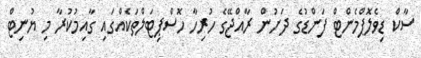
ސާކް ޑިވެލޮޕްމެންޓް ފަންޑުގެ ދަށުން ރާއްޖޭގެ ހުރިހާ ހޮސްޕިޓަލްތަކެއްގައި ގާއިމުކުރާ މި ޔުނިޓް